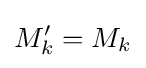
M_{k}^{\prime }=M_{k}